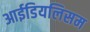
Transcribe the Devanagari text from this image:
आईडियलिसम